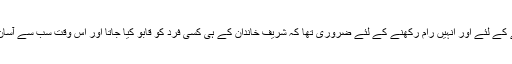
وزیراعظم کے غصے کو کم کرنے کے لئے اور انہیں رام رکھنے کے لئے ضروری تھا کہ شریف خاندان کے ہی کسی فرد کو قابو کیا جاتا اور اس وقت سب سے آسان شکار حمزہ شہبازشریف ہی تھے ۔